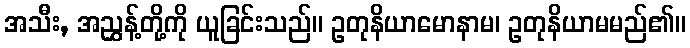
အသီး, အညွှန့်တို့ကို ယူခြင်းသည်။ ဥတုနိယာမောနာမ၊ ဥတုနိယာမမည်၏။